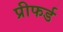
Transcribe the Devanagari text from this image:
प्रीफर्ड